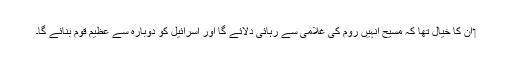
‏ اُن کا خیال تھا کہ مسیح اُنہیں روم کی غلامی سے رِہائی دِلائے گا اور اِسرائیل کو دوبارہ سے عظیم قوم بنائے گا۔